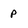
Character: P